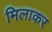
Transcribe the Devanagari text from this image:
मिलाकर